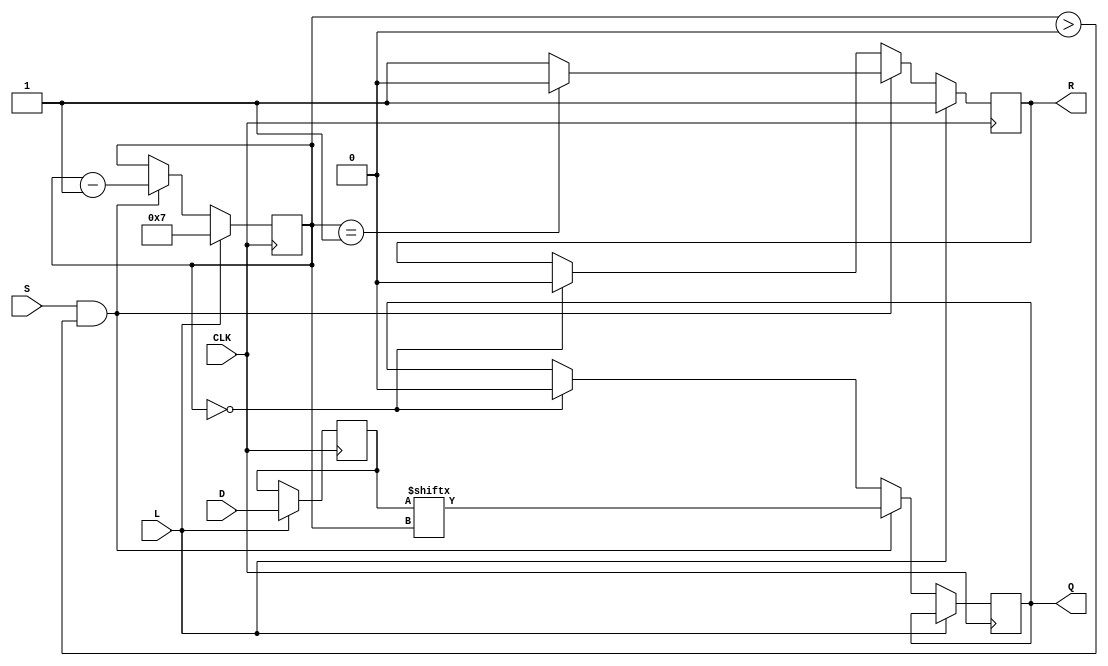
module PISO_Register #(
    parameter WIDTH = 8  // Width of the parallel input data
)(
    input wire [WIDTH-1:0] D,   // Parallel data input
    input wire L,                // Load control signal
    input wire CLK,              // Clock signal
    input wire S,                // Shift control signal
    output reg Q,                // Serial output
    output reg R                 // Ready signal
);

    reg [WIDTH-1:0] shift_reg;   // Internal shift register
    reg [3:0] bit_counter;        // Bit counter for shifting

    always @(posedge CLK) begin
        if (L) begin
            // Load data into the shift register
            shift_reg <= D;
            bit_counter <= WIDTH - 1; // Set to the highest bit index
            R <= 1'b1; // Indicate that the register is ready
        end else if (S && (bit_counter > 0)) begin
            // Shift data out serially
            Q <= shift_reg[bit_counter]; // Output the current MSB
            bit_counter <= bit_counter - 1; // Decrement the counter
            R <= (bit_counter == 1) ? 1'b0 : 1'b1; // Update the ready signal
        end else if (bit_counter == 0) begin
            Q <= 1'b0; // If no more bits to shift, output 0
            R <= 1'b0; // Not ready to shift
        end
    end

endmodule